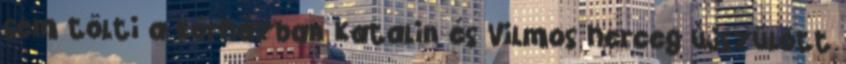
sem tölti a kórházban Katalin és Vilmos herceg újszülött